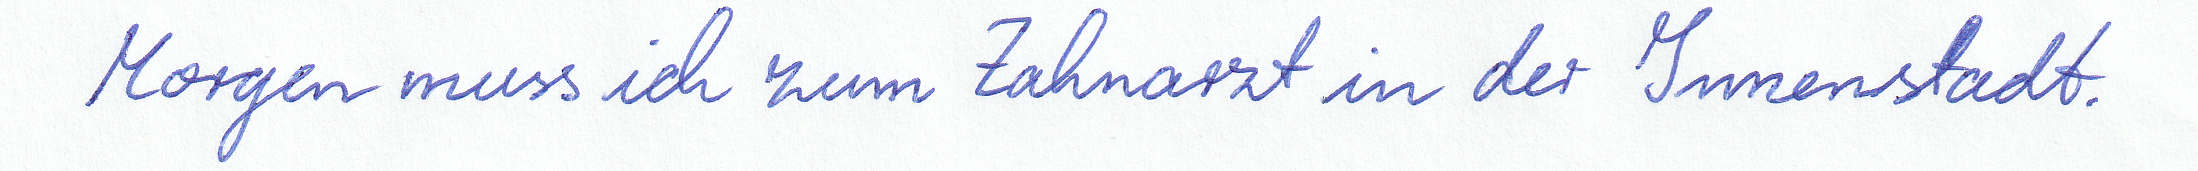
Morgen muss ich zum Zahnarzt in der Innenstadt.